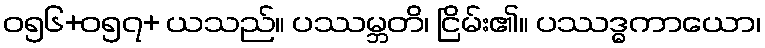
ဝ၅၆+၀၅၇+ ယသည်။ ပဿမ္ဘတိ၊ ငြိမ်း၏။ ပဿဒ္ဓကာယော၊